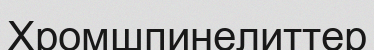
Хромшпинелиттер